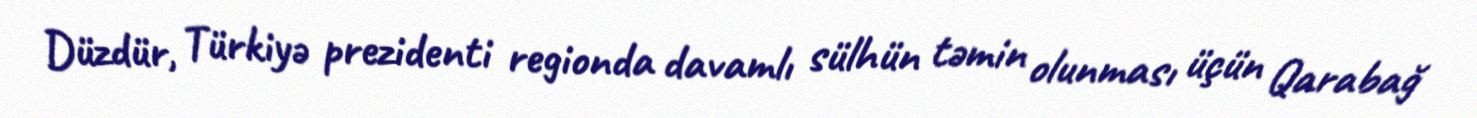
Düzdür, Türkiyə prezidenti regionda davamlı sülhün təmin olunması üçün Qarabağ